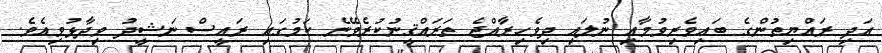
އަދި ރައްޔިތުންގެ ބައިވެރިވުމާއި ނުލައި ދިވެހިރާއްޖެ ތަރައްޤީނުކުރެވޭނެ ކަމުގައި ރައީސް ނަޝީދު ވިދާޅުވިއެވެ.